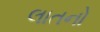
લાતનો